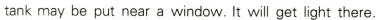
tank may be put near a window.It will get light there.